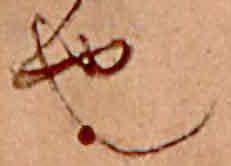
也